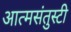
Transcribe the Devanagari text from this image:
आत्मसंतुस्टी